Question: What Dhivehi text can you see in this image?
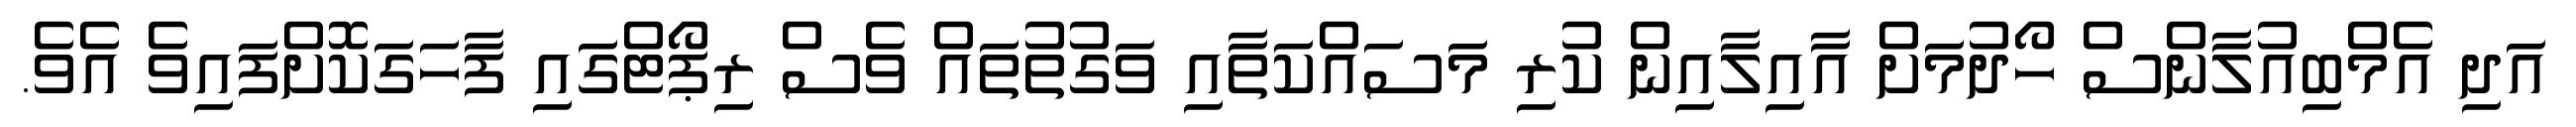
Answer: އަދި އެމްބިއުލާންސް ހޯދުމަށް އާއިލާއިން ކުރި މަސައްކަތާއި ވަގުތުތައް ވެސް ރިޕޯޓްގައި ފާހަގަކޮށްފައިވެ އެވެ.